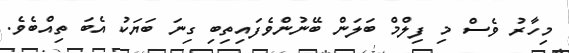
މިހާރު ވެސް މި ފިލްމް ބަލަން ބޭނުންވެފައިތިބި ގިނަ ބަޔަކު އެބަ ތިއްބެވެ.